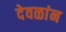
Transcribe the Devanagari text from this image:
देवळांन